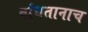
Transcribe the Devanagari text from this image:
बांधतानाच